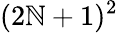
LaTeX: (2\mathbb{N}+1)^{2}